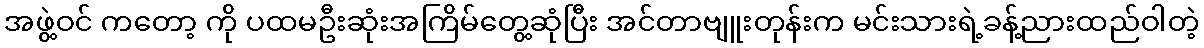
အဖွဲ့ဝင် ကတော့ ကို ပထမဦးဆုံးအကြိမ်တွေ့ဆုံပြီး အင်တာဗျူးတုန်းက မင်းသားရဲ့ခန့်ညားထည်ဝါတဲ့